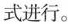
式进行。